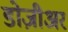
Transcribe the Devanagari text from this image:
डोज़ीअर